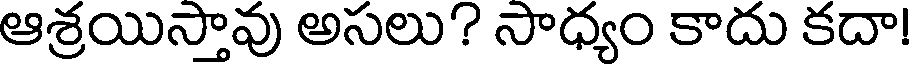
ఆశ్రయిస్తావు అసలు? సాధ్యం కాదు కదా!